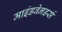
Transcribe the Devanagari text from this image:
माइंडबेनडर्स